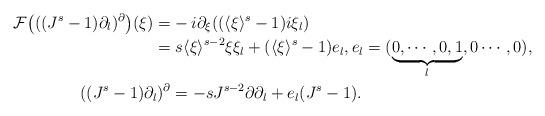
LaTeX: \begin{align*} \mathcal F{\bigl( ( (J^s-1) \partial_l)^{\partial} \bigr)} (\xi)=& - i \partial_{\xi} ( (\langle \xi \rangle^s-1) i \xi_l) \\= & \; s \langle \xi \rangle^{s-2} \xi \xi_l+ (\langle \xi \rangle^s -1) e_l, e_l=(\underbrace{0,\cdots,0,1}_l,0\cdots,0), \\ ( (J^s-1) \partial_l)^{\partial} & = -s J^{s-2} \partial \partial_l + e_l (J^s-1).\end{align*}